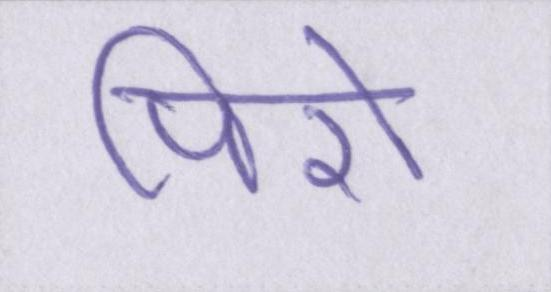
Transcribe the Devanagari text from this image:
पिरो